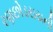
રણછોડરાયની